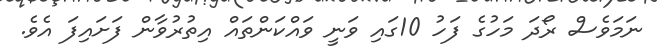
ނަމަވެސް ރޯދަ މަހުގެ ފަހު 10ގައި ވަނީ ވައްކަންތައް އިތުރުވާން ފަށައިފަ އެވެ.